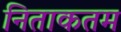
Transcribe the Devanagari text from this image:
निताकतम